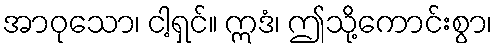
အာဝုသော၊ ငါ့ရှင်။ ဣဒံ၊ ဤသို့ကောင်းစွာ၊